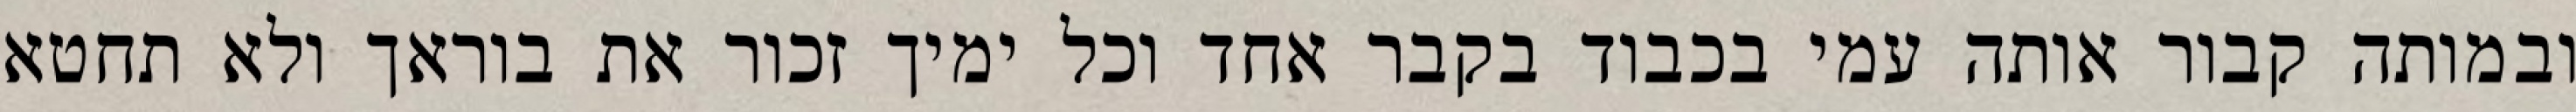
ובמותה קבור אותה עמי בכבוד בקבר אחד וכל ימיך זכור את בוראך ולא תחטא